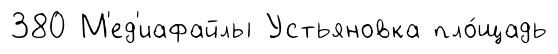
380 М'ед'иафайлы Устьяновка пло́щадь